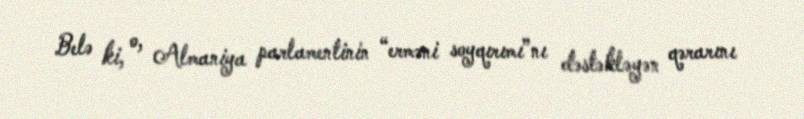
Belə ki, o, Almaniya parlamentinin “erməni soyqırımı”nı dəstəkləyən qərarını